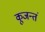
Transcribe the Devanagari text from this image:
कूजन्तं